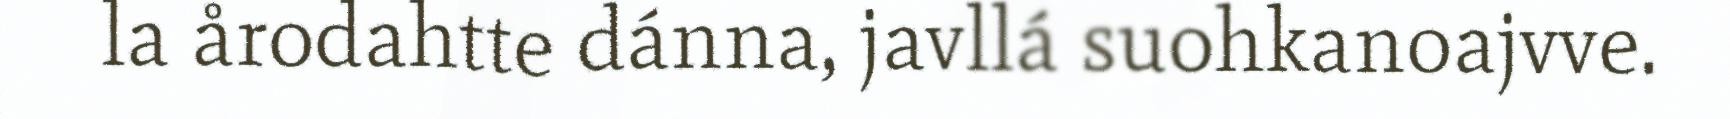
la årodahtte dánna, javllá suohkanoajvve.